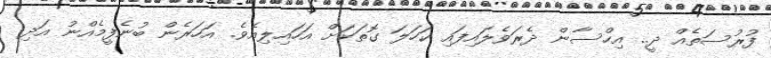
ފުރުސަތެއް ދީ.. އިހްސާން ދެރަވެލައިފައި ކަހަލަ ގޮތަކަށް އަހައިލިއެވެ. އަހަރެން ބުނެފީމެއްނު އަދި